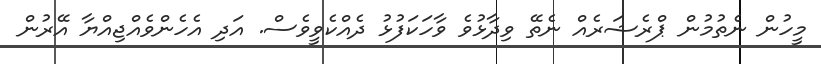
މީހުން ނެތުމުން ޕްރެޝަރެއް ނެތޭ ވިދާޅުވެ ވާހަކަފުޅު ދެއްކެވީވެސް. އަދި އެހެންވެއްޖިއްޔާ އޭރުން